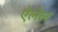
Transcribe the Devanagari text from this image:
ऐलेल